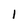
Character: 1